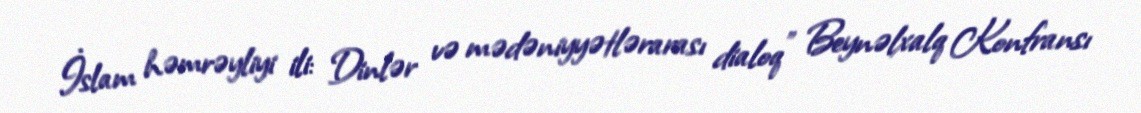
İslam həmrəyliyi ili: Dinlər və mədəniyyətlərarası dialoq" Beynəlxalq Konfransı